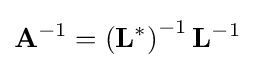
\mathbf {A} ^{-1}=\left(\mathbf {L} ^{*}\right)^{-1}\mathbf {L} ^{-1}